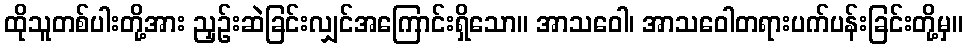
ထိုသူတစ်ပါးတို့အား ညှဉ်းဆဲခြင်းလျှင်အကြောင်းရှိသော။ အာသဝေါ၊ အာသဝေါတရားပက်ပန်းခြင်းတို့မှ။